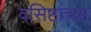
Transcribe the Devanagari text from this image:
वसिष्ठांच्या